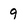
Character: 9